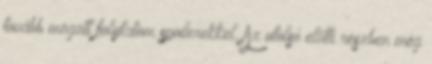
tovább mögött folytatom spoilerekkel. Az utolsó előtti részben még